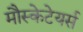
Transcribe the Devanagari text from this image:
मौस्केटेयर्स